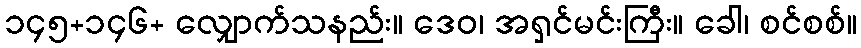
၁၄၅+၁၄၆+ လျှောက်သနည်း။ ဒေဝ၊ အရှင်မင်းကြီး။ ခေါ၊ စင်စစ်။